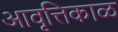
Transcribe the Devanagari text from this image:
आवृत्तिकाळ